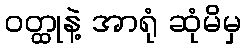
ဝတ္ထုနဲ့ အာရုံ ဆုံမိမှ